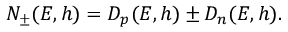
N _ { \pm } ( E , h ) = D _ { p } ( E , h ) \pm D _ { n } ( E , h ) .